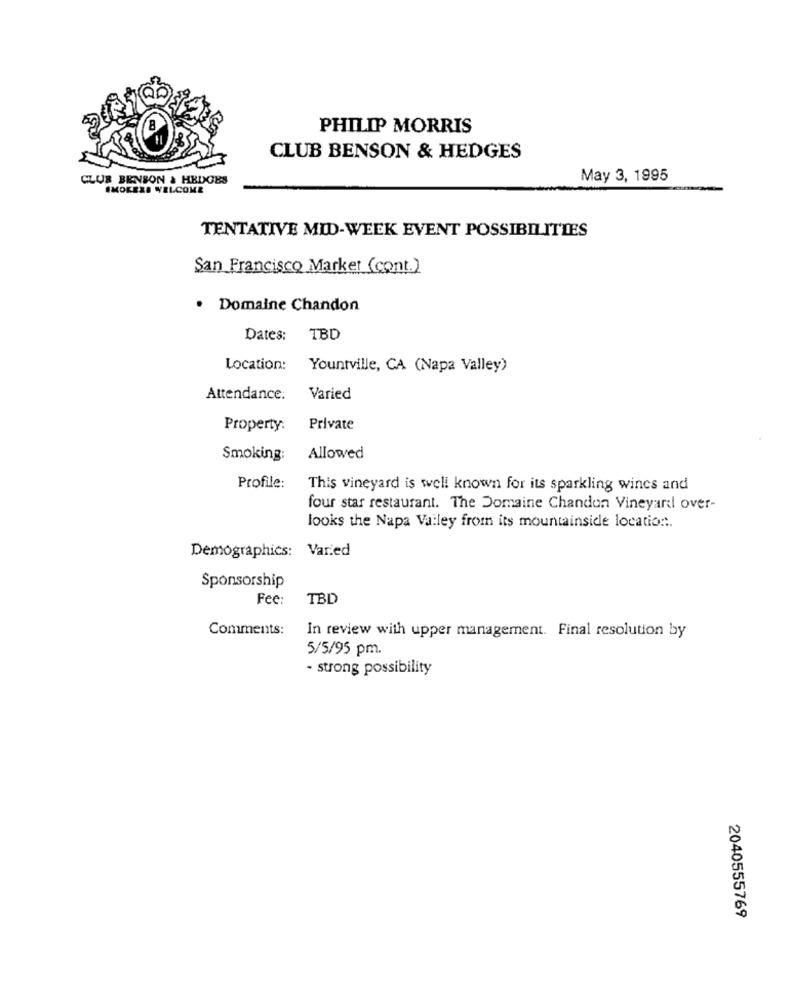
PHILIP MORRIS
CLUB BENSON & HEDGES
CLUB BENSON & HEDGES
May 3, 1995
EMOKEZE WELCOME
TENTATIVE MID-WEEK EVENT POSSIBILITIES
San Francisco Market (cont.)
· Domaine Chandon
Dates:
TBD
Location:
Yountville, CA (Napa Valley)
Attendance:
Varied
Property:
Private
Smoking:
Allowed
Profile:
This vineyard is well known for its sparkling wines and
four star restaurant. The Domaine Chandon Vineyard over-
looks the Napa Valley from its mountainside location :.
Demographics: Var.ed
Sponsorship
Fee:
TBD
Comments:
In review with upper management. Final resolution by
5/5/95 pm.
- strong possibility
2040555769